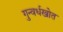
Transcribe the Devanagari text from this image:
गुन्वर्धखोत